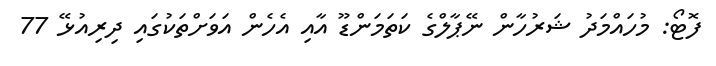
ފޮޓޯ: މުހައްމަދު ޝަރުހާން ނޭޕާލްގެ ކަތަމަންޑޫ އާއި އެހެން އަވަށްތަކުގައި ދިރިއުޅޭ 77